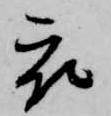
被